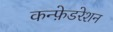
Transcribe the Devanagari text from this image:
कन्फ़ेडरेशन